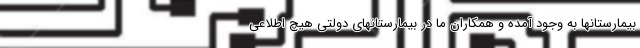
بیمارستانها به وجود آمده و همکاران ما در بیمارستانهای دولتی هیچ اطلاعی